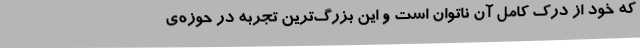
که خود از درک کامل آن ناتوان است و این بزرگ‌ترین تجربه در حوزه‌ی